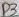
Text: D2